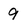
Character: 9